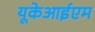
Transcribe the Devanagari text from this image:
यूकेआईएम